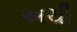
અચી